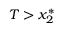
T > x _ { 2 } ^ { * }